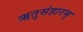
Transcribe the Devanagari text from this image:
ऋतुसंहारम्